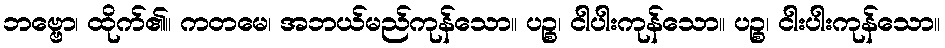
ဘဗ္ဗော၊ ထိုက်၏။ ကတမေ၊ အဘယ်မည်ကုန်သော။ ပဉ္စ၊ ငါပါးကုန်သော။ ပဉ္စ၊ ငါးပါးကုန်သော။